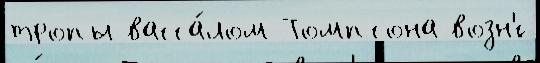
тропы васса́лом Томпсона возн'́с